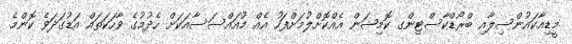
މީޑިއާކައުންސިލާއި ބްރޯޑްކާސްޓިންގ ކޮމިޝަން އެއްކޮށްލުމަށްފަހު އެއް މުއައްސަސާއަކަށް ހެދުމުގެ ވާހަކަތައް އަޑުގަދަވެ ކޮންމެ